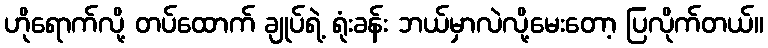
ဟိုရောက်လို့ တပ်ထောက် ချုပ်ရဲ့ ရုံးခန်း ဘယ်မှာလဲလို့မေးတော့ ပြလိုက်တယ်။